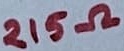
Text: 215Ω